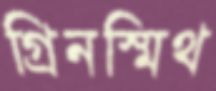
গ্রিনস্মিথ